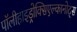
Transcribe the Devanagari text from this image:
पॉलीहाइड्रोक्सिएल्कानोट्स